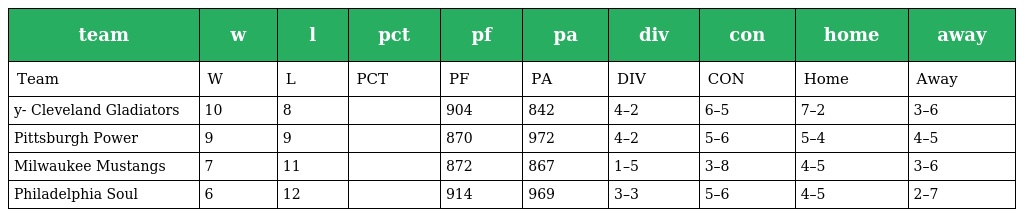
| team | w | l | pct | pf | pa | div | con | home | away |
 | --- | --- | --- | --- | --- | --- | --- | --- | --- | --- |
 | Team | W | L | PCT | PF | PA | DIV | CON | Home | Away |
 | y- Cleveland Gladiators | 10 | 8 |  | 904 | 842 | 4–2 | 6–5 | 7–2 | 3–6 |
 | Pittsburgh Power | 9 | 9 |  | 870 | 972 | 4–2 | 5–6 | 5–4 | 4–5 |
 | Milwaukee Mustangs | 7 | 11 |  | 872 | 867 | 1–5 | 3–8 | 4–5 | 3–6 |
 | Philadelphia Soul | 6 | 12 |  | 914 | 969 | 3–3 | 5–6 | 4–5 | 2–7 |